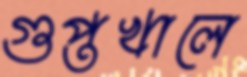
গুপ্তখালে